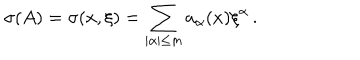
\sigma ( A ) = \sigma ( x , \xi ) = \sum _ { | \alpha | \leq m } a _ { \alpha } ( x ) { \xi } ^ { \alpha } \, .